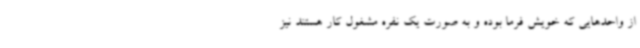
از واحدهایی که خویش فرما بوده و به صورت یک نفره مشغول کار هستند نیز